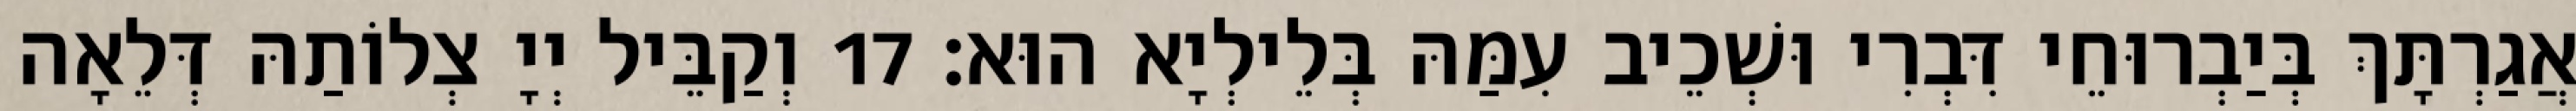
אֲגַרְתָּךְ בְּיַבְרוּחֵי דִּבְרִי וּשְׁכֵיב עִמַּהּ בְּלֵילְיָא הוּא׃ 17 וְקַבֵּיל יְיָ צְלוֹתַהּ דְּלֵאָה